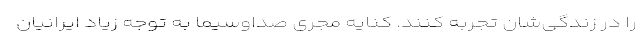
را در زندگی‌شان تجربه کنند. کنایه مجری صداوسیما به توجه زیاد ایرانیان